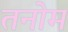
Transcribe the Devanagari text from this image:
तनोम